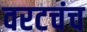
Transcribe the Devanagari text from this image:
वरटचंच